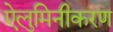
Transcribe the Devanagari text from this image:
ऐलुमिनीकरण